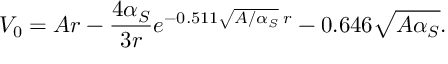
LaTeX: V _ { 0 } = A r - \frac { 4 \alpha _ { S } } { 3 r } e ^ { - 0 . 5 1 1 \sqrt { A / \alpha _ { S } } \; r } - 0 . 6 4 6 \sqrt { A \alpha _ { S } } .